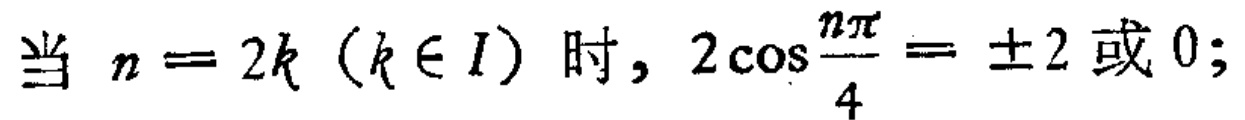
当 \(n = 2k\ (k \in I)\) 时, \(2\cos\frac{n\pi}{4}=\pm2\) 或 \(0\);